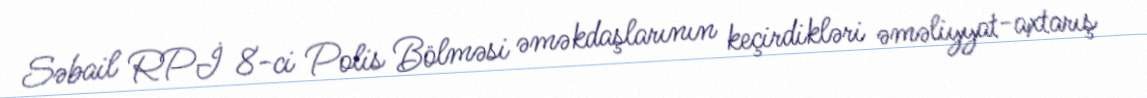
Səbail RPİ 8-ci Polis Bölməsi əməkdaşlarının keçirdikləri əməliyyat-axtarış